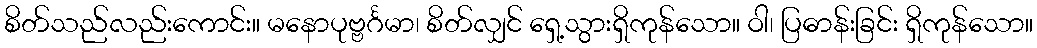
စိတ်သည်လည်းကောင်း။ မနောပုဗ္ဗင်္ဂမာ၊ စိတ်လျှင် ရှေ့သွားရှိကုန်သော။ ဝါ၊ ပြဓာန်းခြင်း ရှိကုန်သော။